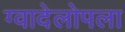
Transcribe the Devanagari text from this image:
ग्वादेलोपला